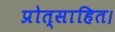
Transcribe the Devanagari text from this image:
प्रोत्साहित।